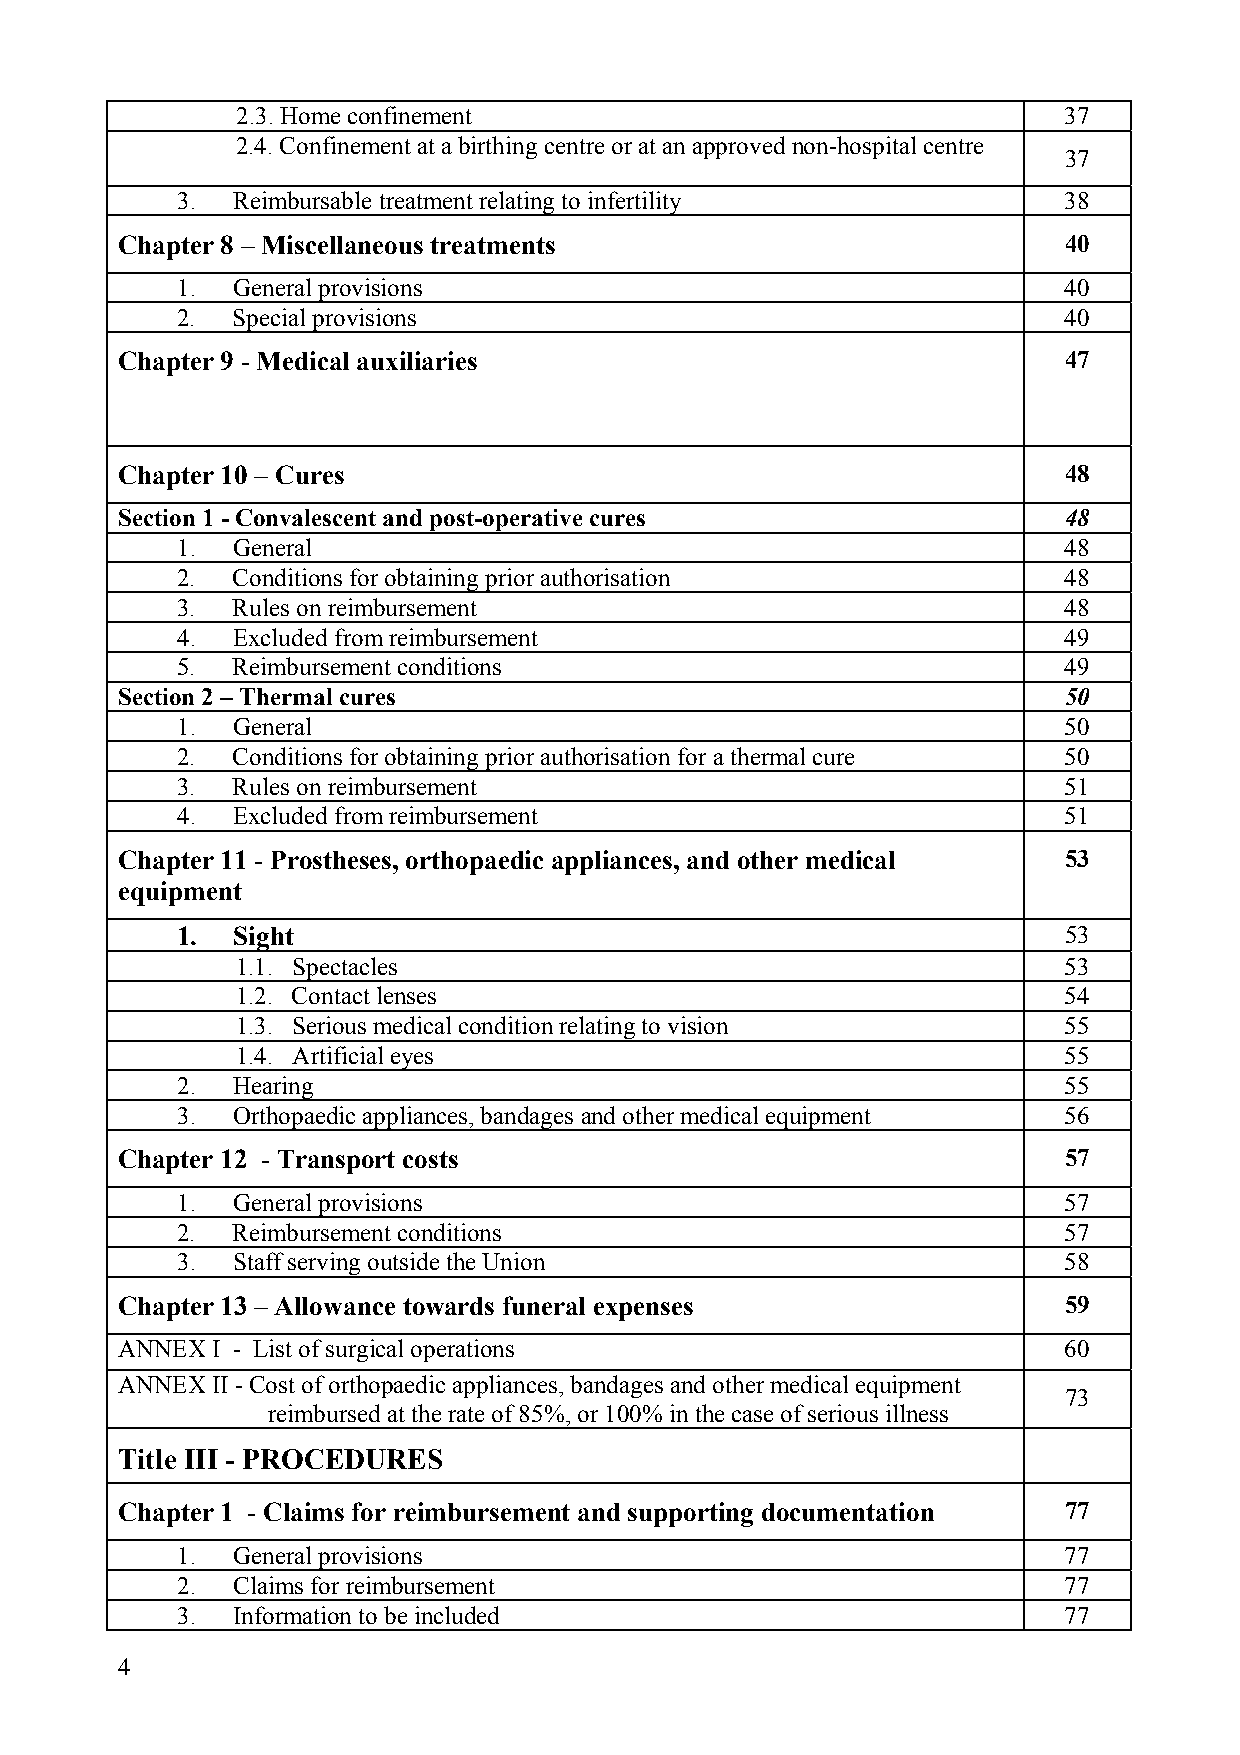
2.3. Home confinement                                 37
 2.4. Confinement at a birthing centre or at an approved non-hospital centre
 37
 3. Reimbursable treatment relating to infertility         38
 Chapter 8 – Miscellaneous treatments                          40
 1. General provisions                                     40
 2. Special provisions                                     40
 Chapter 9 - Medical auxiliaries                               47
 Chapter 10 – Cures                                            48
 Section 1 - Convalescent and post-operative cures             48
 1. General                                                48
 2. Conditions for obtaining prior authorisation           48
 3. Rules on reimbursement                                 48
 4. Excluded from reimbursement                            49
 5. Reimbursement conditions                               49
 Section 2 – Thermal cures                                     50
 1. General                                                50
 2. Conditions for obtaining prior authorisation for a thermal cure 50
 3. Rules on reimbursement                                 51
 4. Excluded from reimbursement                            51
 Chapter 11 - Prostheses, orthopaedic appliances, and other medical 53
 equipment
 1. Sight                                                  53
 1.1. Spectacles                                       53
 1.2. Contact lenses                                   54
 1.3. Serious medical condition relating to vision     55
 1.4. Artificial eyes                                  55
 2. Hearing                                                55
 3. Orthopaedic appliances, bandages and other medical equipment 56
 Chapter 12 - Transport costs                                  57
 1. General provisions                                     57
 2. Reimbursement conditions                               57
 3. Staff serving outside the Union                        58
 Chapter 13 – Allowance towards funeral expenses               59
 ANNEX I - List of surgical operations                         60
 ANNEX II - Cost of orthopaedic appliances, bandages and other medical equipment
 73
 reimbursed at the rate of 85%, or 100% in the case of serious illness
 Title III - PROCEDURES
 Chapter 1 - Claims for reimbursement and supporting documentation 77
 1. General provisions                                     77
 2. Claims for reimbursement                               77
 3. Information to be included                             77
 4